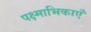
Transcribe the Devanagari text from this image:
पक्ष्माभिकाएँ